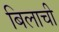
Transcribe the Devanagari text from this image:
बिलाची